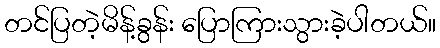
တင်ပြတဲ့မိန့်ခွန်း ပြောကြားသွားခဲ့ပါတယ်။